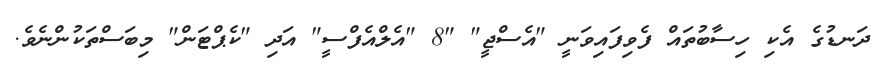
ދަނޑުގެ އެކި ހިސާބުތައް ފެވިފައިވަނީ "އެސްޖީ" "8 "އެލްއެފްސީ" އަދި "ކެޕްޓަން" މިބަސްތަކުންނެވެ.